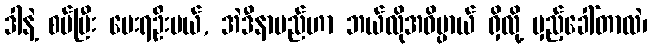
ဒါနဲ့ စပ်ပြီး မေးရဦးမယ်, အဲဒီနာမည်ဟာ ဘယ်လိုအဓိပ္ပာယ် ရှိလို့ မှည့်ခေါ်တာလဲ၊